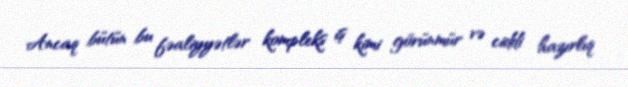
Ancaq bütün bu fəaliyyətlər kompleks iş kimi görünmür və ciddi hazırlıq